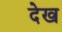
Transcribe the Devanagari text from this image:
देख्‍ा